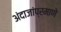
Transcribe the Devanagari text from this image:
अंदाजांप्रमाणे